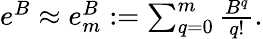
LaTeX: \begin{array}{r}{e^{B}\approx e_{m}^{B}:=\sum_{q=0}^{m}\frac{B^{q}}{q!}.}\end{array}